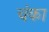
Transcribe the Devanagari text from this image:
चंका